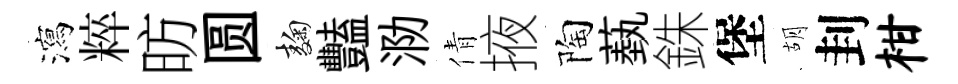
瀉粹昉圆麹豔泐倩掖陶蓺銖堡胡刲柑